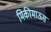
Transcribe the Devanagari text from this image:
मिकीमाऊस